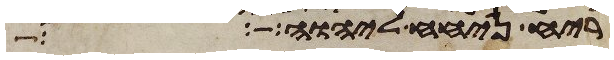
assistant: לריח ניחח ליהוה כל